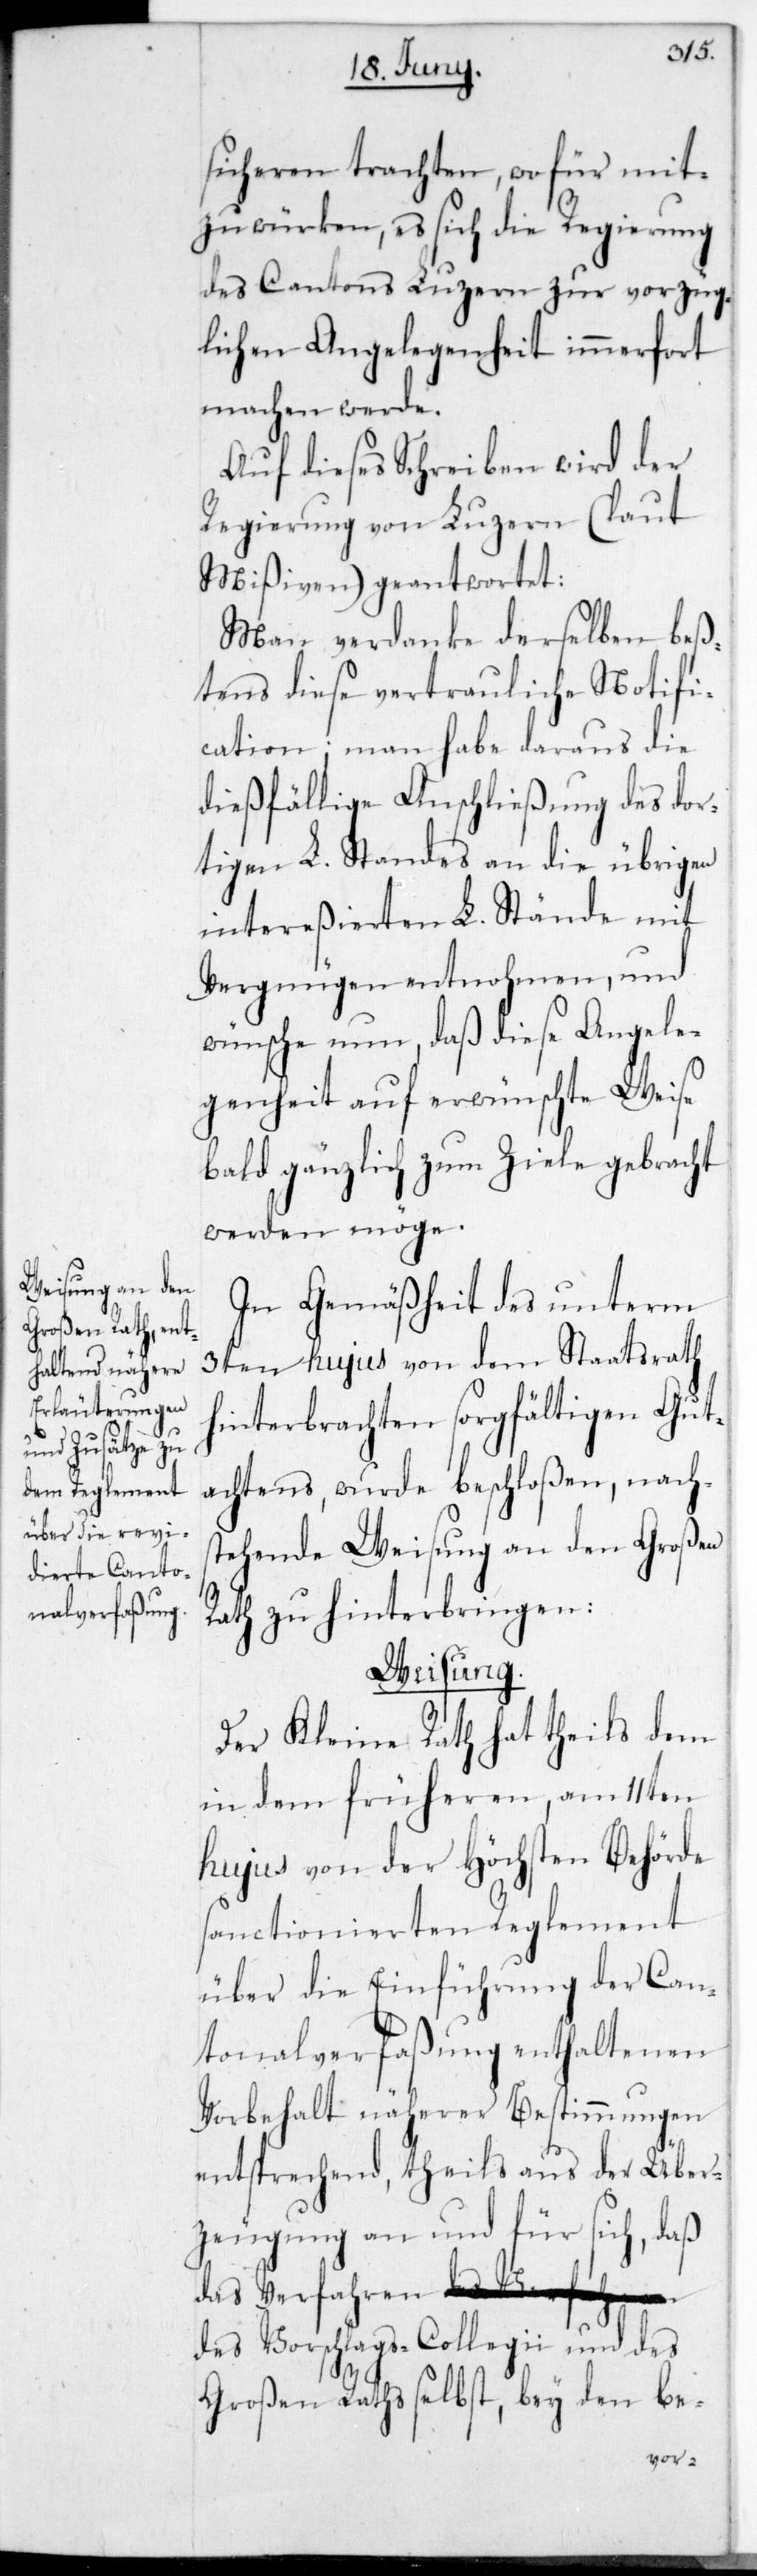
sicheren trachten, wofür mit¬
zuwürken, es sich die Regierung
des Cantons Luzern zur vorzüg¬
lichen Angelegenheit immerfort
machen werde.
Auf dieses Schreiben wird der
Regierung von Luzern (laut
Mißiven) geantwortet:
Man verdanke derselben beß¬
tens diese vertrauliche Notifi¬
cation; man habe daraus die
dießfällige Anschließung des dor¬
tigen L. Standes an die übrigen
intereßierten L. Stände mit
Vergnügen entnommen, und
wünsche nun, daß diese Angele¬
genheit auf erwünschte Weise
bald gänzlich zum Ziele gebracht
werden möge.
In Gemäßheit des unterm
3ten hujus von dem Staatsrath
hinterbrachten sorgfältigen Gut¬
achtens, wurde beschloßen, nach¬
stehende Weisung an den Großen
Rath zu hinterbringen:
Weisung.
Der Kleine Rath hat theils dem
in dem früheren, am 11ten
hujus von der Höchsten Behörde
sanctionierten Reglement
über die Einführung der Can¬
tonalverfaßung enthaltenen
Vorbehalt näherer Bestimmungen
entsprechend, theils aus der Über¬
zeugung an und für sich, daß
des Vorschlags-Collegii und des
Großen Raths selbst, bey den be-